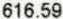
616.59